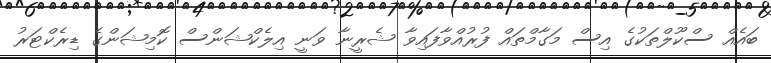
ބައެއް ސްކޫލްތަކުގެ އިސް މަގާމްތައް ފުރުއްވާފައިވާ ޝެރީނާ ވަނީ އިލެކްޝަންސް ކޮމިޝަންގެ ޑިރެކްޓަރު